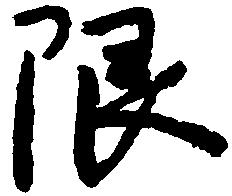
限